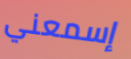
إسمعني